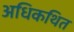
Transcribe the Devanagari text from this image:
अधिकथित